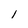
Character: l